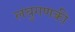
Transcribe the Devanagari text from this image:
लघुगणकी